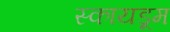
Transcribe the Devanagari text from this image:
स्कायडूम